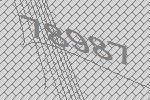
78987